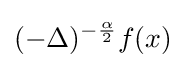
(-\Delta )^{-{\frac {\alpha }{2}}}f(x)